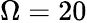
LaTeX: \Omega=20